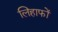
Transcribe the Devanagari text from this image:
लिहाफों